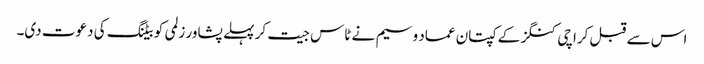
اس سے قبل کراچی کنگز کے کپتان عماد وسیم نے ٹاس جیت کر پہلے پشاور زلمی کو بیٹنگ کی دعوت دی۔